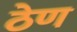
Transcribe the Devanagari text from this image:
ठेण